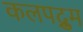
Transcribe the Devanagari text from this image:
कलपद्रुम